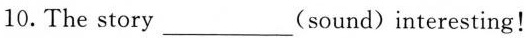
10. The story ___ (sound) interesting!